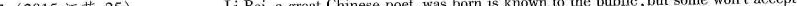
7.(2015 江苏,25)___Li Bai,a great Chinese poet,was born is known to the public, but some won't accept